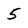
Character: 5